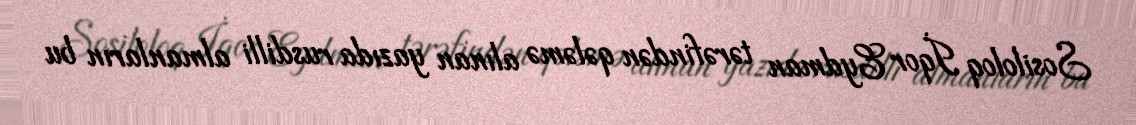
Sosiloloq İqor Eydman tərəfindən qələmə alınan yazıda rusdilli almanların bu